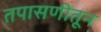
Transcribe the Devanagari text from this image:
तपासणीतून